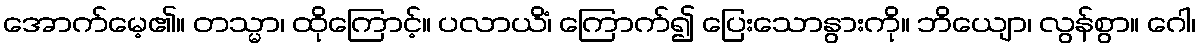
အောက်မေ့၏။ တသ္မာ၊ ထိုကြောင့်။ ပလာယိံ၊ ကြောက်၍ ပြေးသောနွားကို။ ဘိယျော၊ လွန်စွာ။ ဂေါ၊